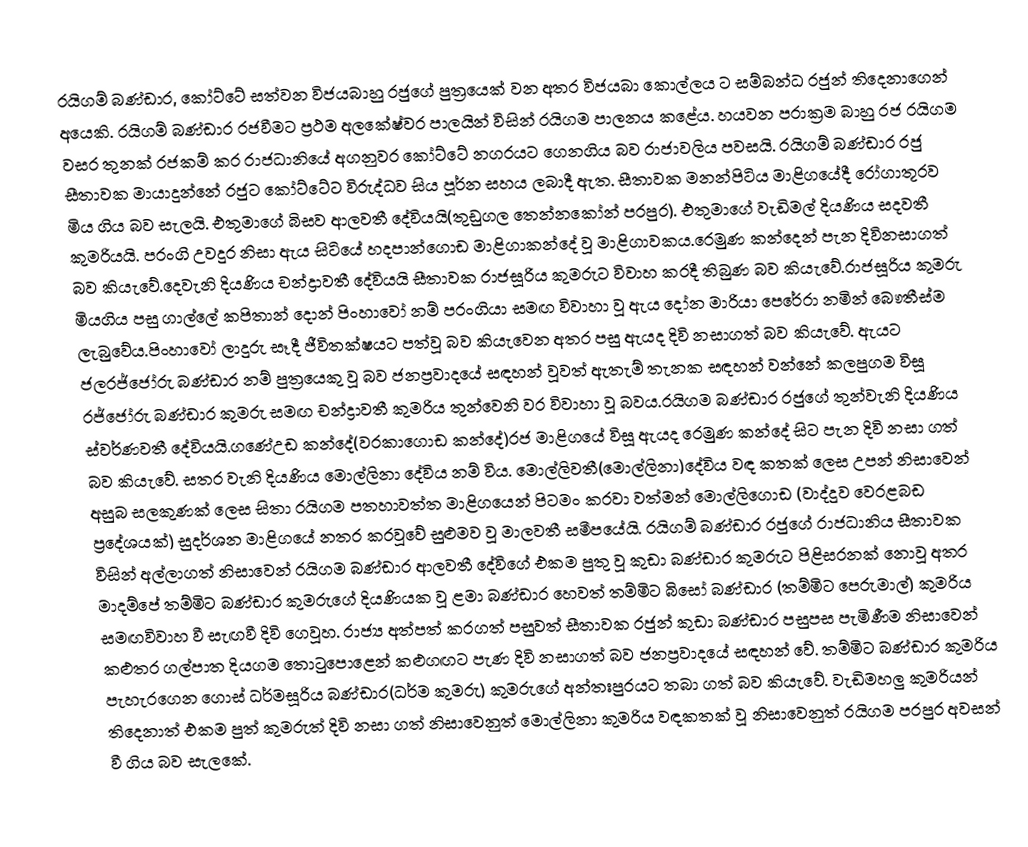
රයිගම් බණ්ඩාර, කෝට්ටේ සත්වන විජයබාහු රජුගේ පුත්‍රයෙක් වන අතර විජයබා කොල්ලය ට සම්බන්ධ රජුන් තිදෙනාගෙන් අයෙකි. රයිගම් බණ්ඩාර රජවීමට ප්‍රථම අලකේෂ්වර පාලයින් විසින් රයිගම පාලනය කළේය. හයවන පරාක්‍රම බාහු රජ රයිගම වසර තුනක් රජකම් කර රාජධානියේ අගනුවර කෝට්ටේ නගරයට ගෙනගිය බව රාජාවලිය පවසයි. රයිගම් බණ්ඩාර රජු සීතාවක මායාදුන්නේ රජුට කෝට්ටේට විරුද්ධව සිය පූර්න සහය ලබාදී ඇත. සීතාවක මනන්පිටිය මාළිගයේදී රෝගාතූරව මිය ගිය බව සැලයි. එතුමාගේ බිසව ආලවතී දේවියයි(තුඩුගල තෙන්නකෝන් පරපුර). එතුමාගේ වැඩිමල් දියණිය සදවතී කුමරියයි. පරංගි උවදුර නිසා ඇය සිටියේ හදපාන්ගොඩ මාළිගාකන්දේ වූ මාළිගාවකය.රෙමුණ කන්දෙන් පැන දිවිනසාගත් බව කියැවේ.දෙවැනි දියණිය චන්ද්‍රාවතී දේවියයි සීතාවක රාජසූරිය කුමරුට විවාහ කරදී තිබුණ බව කියැවේ.රාජසූරිය කුමරු මියගිය පසු ගාල්ලේ කපිතාන් දොන් පිංහාවෝ නම් පරංගියා සමඟ විවාහා වූ ඇය දෝන මාරියා පෙරේරා නමින් බෞතීස්ම ලැබුවේය.පිංහාවෝ ලාදුරු සෑදී ජීවිතක්ෂයට පත්වූ බව කියැවෙන අතර පසු   ඇයද දිවි නසාගත් බව කියැවේ. ඇයට ජලරජ්ජෝරු බණ්ඩාර නම් පුත්‍රයෙකු වූ බව ජනප්‍රවාදයේ සඳහන් වූවත් ඇතැම් තැනක සඳහන් වන්නේ කලපුගම විසූ රජ්ජෝරු බණ්ඩාර කුමරු සමඟ චන්ද්‍රාවතී කුමරිය තුන්වෙනි වර විවාහා වූ බවය.රයිගම බණ්ඩාර රජුගේ තුන්වැනි දියණිය ස්වර්ණවතී දේවියයි.ගණේඋඩ කන්දේ(වරකාගොඩ කන්දේ)රජ මාළිගයේ විසූ ඇයද රෙමුණ කන්දේ සිට පැන දිවි නසා ගත් බව    කියැවේ. සතර වැනි දියණිය මොල්ලිනා දේවිය නම් විය. මොල්ලිවතී(මොල්ලිනා)දේවිය වඳ කතක් ලෙස උපන් නිසාවෙන් අසුබ සලකුණක් ලෙස සිතා රයිගම  පතහාවත්ත මාළිගයෙන් පිටමං කරවා වත්මන් මොල්ලිගොඩ (වාද්දුව වෙරළබඩ ප්‍රදේශයක්) සුදර්ශන මාළිගයේ නතර කරවූවේ සුළුමව වූ මාලවතී සමීපයේයි. රයිගම් බණ්ඩාර රජුගේ රාජධානිය සීතාවක විසින් අල්ලාගත් නිසාවෙන් රයිගම බණ්ඩාර ආලවතී දේවිගේ එකම පුතු වූ කුඩා බණ්ඩාර කුමරුට පිළිසරනක් නොවූ අතර මාදම්පේ තම්මිට බණ්ඩාර කුමරුගේ දියණියක වූ ළමා බණ්ඩාර හෙවත් තම්මිට බිසෝ බණ්ඩාර (තම්මිට පෙරුමාල්) කුමරිය සමඟවිවාහ වී සැඟවී දිවි ගෙවූහ. රාජ්‍ය අත්පත් කරගත් පසුවත් සීතාවක රජුන් කුඩා බණ්ඩාර පසුපස පැමිණීම නිසාවෙන් කළුතර ගල්පාත දියගම තොටුපොළෙන් කළුගඟට පැණ දිවි නසාගත් බව ජනප්‍රවාදයේ සඳහන් වේ. තම්මිට බණ්ඩාර කුමරිය පැහැරගෙන ගොස් ධර්මසූරිය බණ්ඩාර(ධර්ම කුමරු) කුමරුගේ අන්තඃපුරයට තබා ගත් බව කියැවේ. වැඩිමහලු කුමරියන් තිදෙනාත් එකම පුත් කුමරුත් දිවි නසා ගත් නිසාවෙනුත් මොල්ලිනා කුමරිය වඳකතක් වූ නිසාවෙනුත් රයිගම පරපුර අවසන් වී ගිය බව සැලකේ.